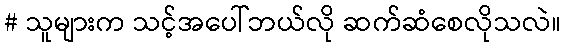
# သူများက သင့်အပေါ်ဘယ်လို ဆက်ဆံစေလိုသလဲ။